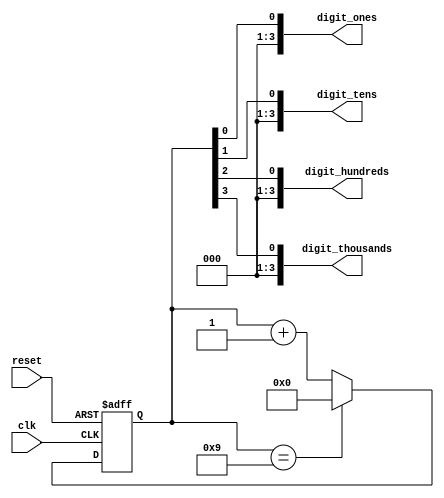
module BCD_Counter (
    input wire clk,
    input wire reset,
    output reg [3:0] digit_ones,
    output reg [3:0] digit_tens,
    output reg [3:0] digit_hundreds,
    output reg [3:0] digit_thousands
);

reg [3:0] count;

always @(posedge clk or posedge reset) begin
    if (reset) begin
        count <= 4'b0000;
    end else begin
        if (count == 4'b1001) begin
            count <= 4'b0000;
        end else begin
            count <= count + 1;
        end
    end
end

assign digit_ones = count[0];
assign digit_tens = count[1];
assign digit_hundreds = count[2];
assign digit_thousands = count[3];

endmodule